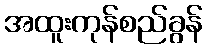
အထူးကုန်စည်ခွန်